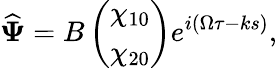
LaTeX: {\widehat{\boldsymbol{\Psi}}}=B\left(\begin{array}{l}{\chi_{10}}\\ {\chi_{20}}\end{array}\right)e^{i{\left(\Omega\tau-ks\right)}},